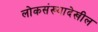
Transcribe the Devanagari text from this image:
लोकसंख्यादेखील